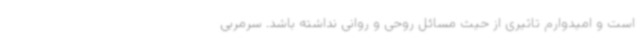
است و امیدوارم تاثیری از حیث مسائل روحی و روانی نداشته باشد. سرمربی